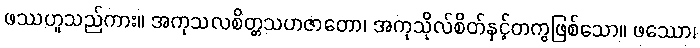
ဖဿဟူသည်ကား။ အကုသလစိတ္တသဟဇာတော၊ အကုသိုလ်စိတ်နှင့်တကွဖြစ်သော။ ဖဿော၊